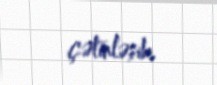
çətinləşib.